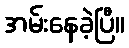
အမ်းနေခဲ့ပြီ။